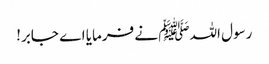
رسول اللہﷺ نے فرمایا اے جابر!